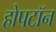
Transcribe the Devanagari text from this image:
होपटॉन